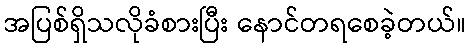
အပြစ်ရှိသလိုခံစားပြီး နောင်တရစေခဲ့တယ်။